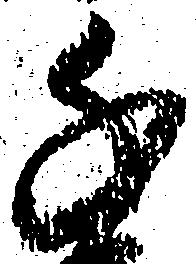
千